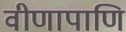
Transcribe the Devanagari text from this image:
वीणापाणि